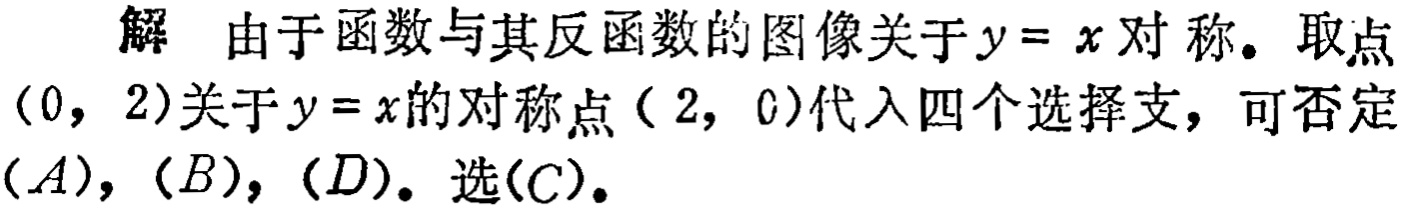
解 由于函数与其反函数的图像关于\(y = x\)对称。取点\((0,2)\)关于\(y = x\)的对称点\((2,0)\)代入四个选择支，可否定\((A)\)，\((B)\)，\((D)\)。选\((C)\)。